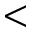
<